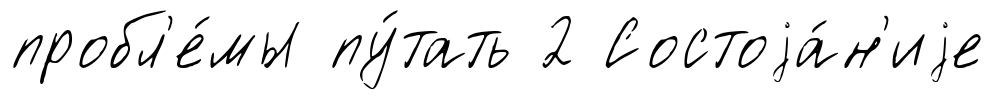
пробл'е́мы пу́тать 2 Состоjа́н'иjе